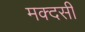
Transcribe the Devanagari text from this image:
मक्दसी